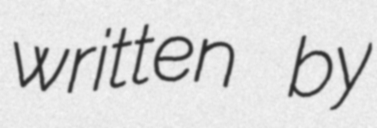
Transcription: written by